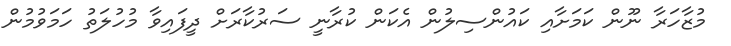
މުޒާހަރާ ނޫން ކަމަށާއި ކައުންސިލުން އެކަން ކުރާނީ ސަރުކާރަށް ދީފައިވާ މުހުލަތު ހަމަވުމުން